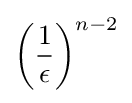
\left({\frac {1}{\epsilon }}\right)^{n-2}